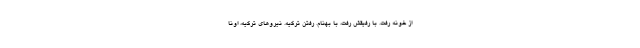
از خونه رفت. با رفيقش رفت، با بهنام. رفتن تركيه. نيروهاي تركيه، اونا